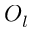
O _ { l }